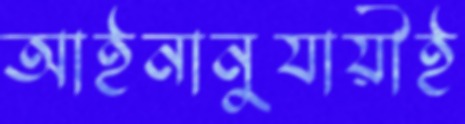
আইনানুযায়ীই